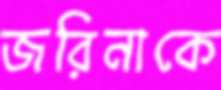
জরিনাকে